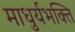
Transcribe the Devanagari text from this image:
माधुर्यभक्ति